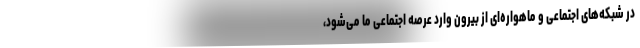
در شبکه‌های اجتماعی و ماهواره‌ای از بیرون وارد عرصه اجتماعی ما می‌شود،